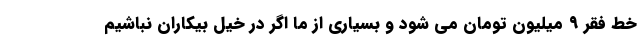
خط فقر ۹ میلیون تومان می شود و بسیاری از ما اگر در خیل بیکاران نباشیم